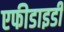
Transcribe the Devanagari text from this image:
एफीडाइडी